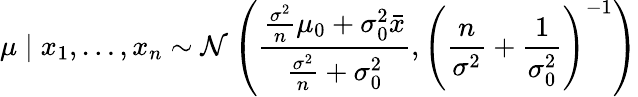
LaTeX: \mu\mid x_{1},\ldots,x_{n}\sim{\mathcal{N}}\left({\frac{{\frac{\sigma^{2}}{n}}\mu_{0}+\sigma_{0}^{2}{\bar{x}}}{{\frac{\sigma^{2}}{n}}+\sigma_{0}^{2}}},\left({\frac{n}{\sigma^{2}}}+{\frac{1}{\sigma_{0}^{2}}}\right)^{-1}\right)